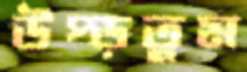
উপ্‌ড়তুম